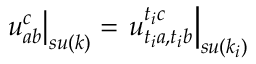
\left. u _ { a b } ^ { c } \right| _ { s u ( k ) } = \left. u _ { t _ { i } a , t _ { i } b } ^ { t _ { i } c } \right| _ { s u ( k _ { i } ) }